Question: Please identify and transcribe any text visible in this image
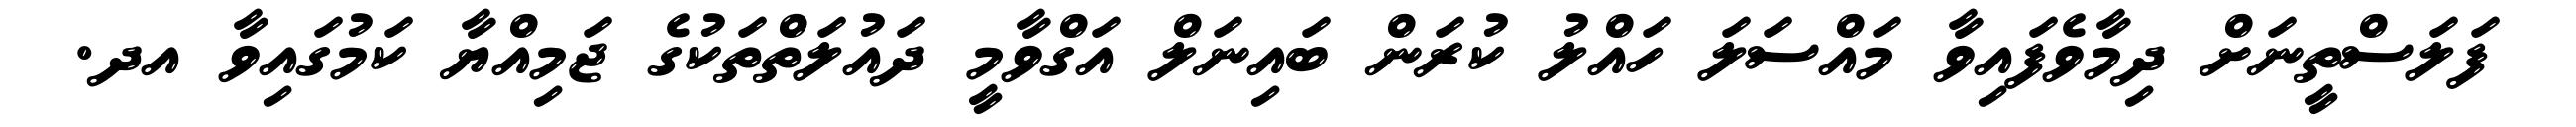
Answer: ފަލަސްތީނަށް ދިމާވެފައިވާ މައްސަލަ ހައްލު ކުރަން ބައިނަލް އަގްވާމީ ދައުލަތްތަކުގެ ޖަމިއްޔާ ކަމުގައިވާ އދ.